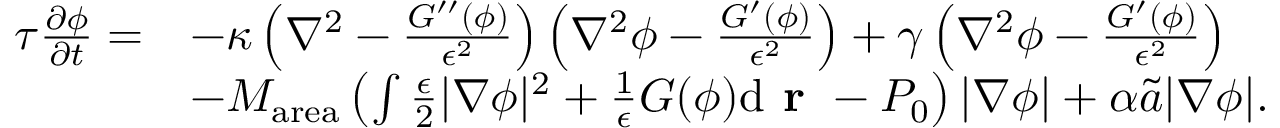
\begin{array} { r l } { \tau \frac { \partial \phi } { \partial t } = } & { - \kappa \left( \nabla ^ { 2 } - \frac { G ^ { \prime \prime } ( \phi ) } { \epsilon ^ { 2 } } \right) \left( \nabla ^ { 2 } \phi - \frac { G ^ { \prime } ( \phi ) } { \epsilon ^ { 2 } } \right) + \gamma \left( \nabla ^ { 2 } \phi - \frac { G ^ { \prime } ( \phi ) } { \epsilon ^ { 2 } } \right) } \\ & { - M _ { \mathrm { a r e a } } \left( \int \frac { \epsilon } { 2 } | \nabla \phi | ^ { 2 } + \frac { 1 } { \epsilon } G ( \phi ) \mathrm { d } \textbf { r } - P _ { 0 } \right) | \nabla \phi | + \alpha \tilde { a } | \nabla \phi | . } \end{array}